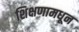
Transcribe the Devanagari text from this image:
शिक्षणामधून